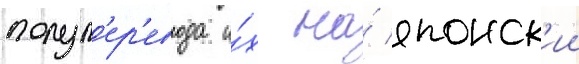
полуп'ер'евода и́х на́ японск'ии